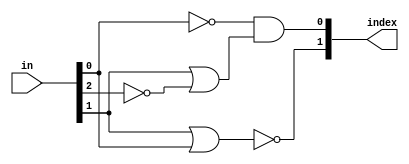
module first_one (
    input   [3:0]   in,
    output  [1:0]   index
);

assign index = {~(in[1] | in[0]), ~in[0] & (in[1] | ~in[2])};

endmodule